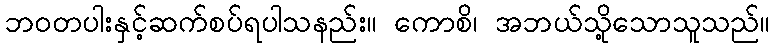
ဘဝတပါးနှင့်ဆက်စပ်ရပါသနည်း။ ကောစိ၊ အဘယ်သို့သောသူသည်။